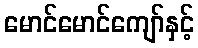
မောင်မောင်ကျော်နှင့်